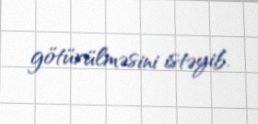
götürülməsini istəyib.